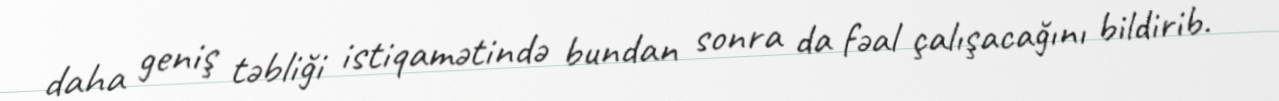
daha geniş təbliği istiqamətində bundan sonra da fəal çalışacağını bildirib.